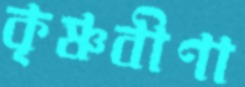
কৃষ্ণবীণা